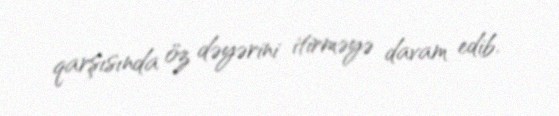
qarşısında öz dəyərini itirməyə davam edib.